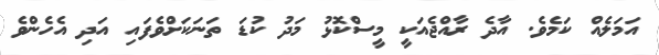
އަމަލެއް ކަމެވެ. އާދެ ރާއްޖެއަކީ މީސްކޮޅު މަދު ކުޑަ ތަނަކަށްވެފައި އަދި އެހެންވެ